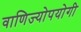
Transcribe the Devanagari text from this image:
वाणिज्योपयोगी